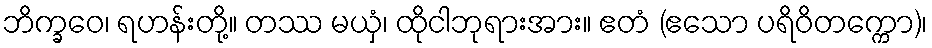
ဘိက္ခဝေ၊ ရဟန်းတို့။ တဿ မယှံ၊ ထိုငါဘုရားအား။ ဧတံ (ဧသော ပရိဝိတက္ကော)၊